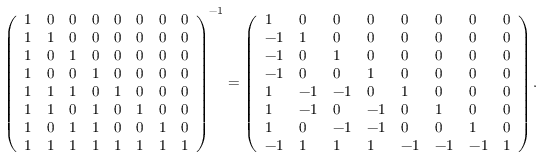
\left( \begin{array} { l l l l l l l l } { 1 } & { 0 } & { 0 } & { 0 } & { 0 } & { 0 } & { 0 } & { 0 } \\ { 1 } & { 1 } & { 0 } & { 0 } & { 0 } & { 0 } & { 0 } & { 0 } \\ { 1 } & { 0 } & { 1 } & { 0 } & { 0 } & { 0 } & { 0 } & { 0 } \\ { 1 } & { 0 } & { 0 } & { 1 } & { 0 } & { 0 } & { 0 } & { 0 } \\ { 1 } & { 1 } & { 1 } & { 0 } & { 1 } & { 0 } & { 0 } & { 0 } \\ { 1 } & { 1 } & { 0 } & { 1 } & { 0 } & { 1 } & { 0 } & { 0 } \\ { 1 } & { 0 } & { 1 } & { 1 } & { 0 } & { 0 } & { 1 } & { 0 } \\ { 1 } & { 1 } & { 1 } & { 1 } & { 1 } & { 1 } & { 1 } & { 1 } \end{array} \right) ^ { - 1 } = \left( \begin{array} { l l l l l l l l } { 1 } & { 0 } & { 0 } & { 0 } & { 0 } & { 0 } & { 0 } & { 0 } \\ { - 1 } & { 1 } & { 0 } & { 0 } & { 0 } & { 0 } & { 0 } & { 0 } \\ { - 1 } & { 0 } & { 1 } & { 0 } & { 0 } & { 0 } & { 0 } & { 0 } \\ { - 1 } & { 0 } & { 0 } & { 1 } & { 0 } & { 0 } & { 0 } & { 0 } \\ { 1 } & { - 1 } & { - 1 } & { 0 } & { 1 } & { 0 } & { 0 } & { 0 } \\ { 1 } & { - 1 } & { 0 } & { - 1 } & { 0 } & { 1 } & { 0 } & { 0 } \\ { 1 } & { 0 } & { - 1 } & { - 1 } & { 0 } & { 0 } & { 1 } & { 0 } \\ { - 1 } & { 1 } & { 1 } & { 1 } & { - 1 } & { - 1 } & { - 1 } & { 1 } \end{array} \right) .